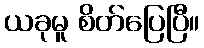
ယခုမူ စိတ်ပြေပြီ။